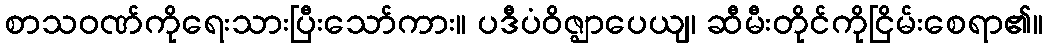
စာသဝဏ်ကိုရေးသားပြီးသော်ကား။ ပဒီပံဝိဇ္ဈာပေယျ၊ ဆီမီးတိုင်ကိုငြိမ်းစေရာ၏။